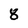
Character: 8